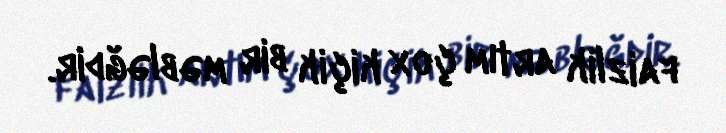
faizlik artım çox kiçik bir məbləğdir.